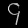
Digit: ၄